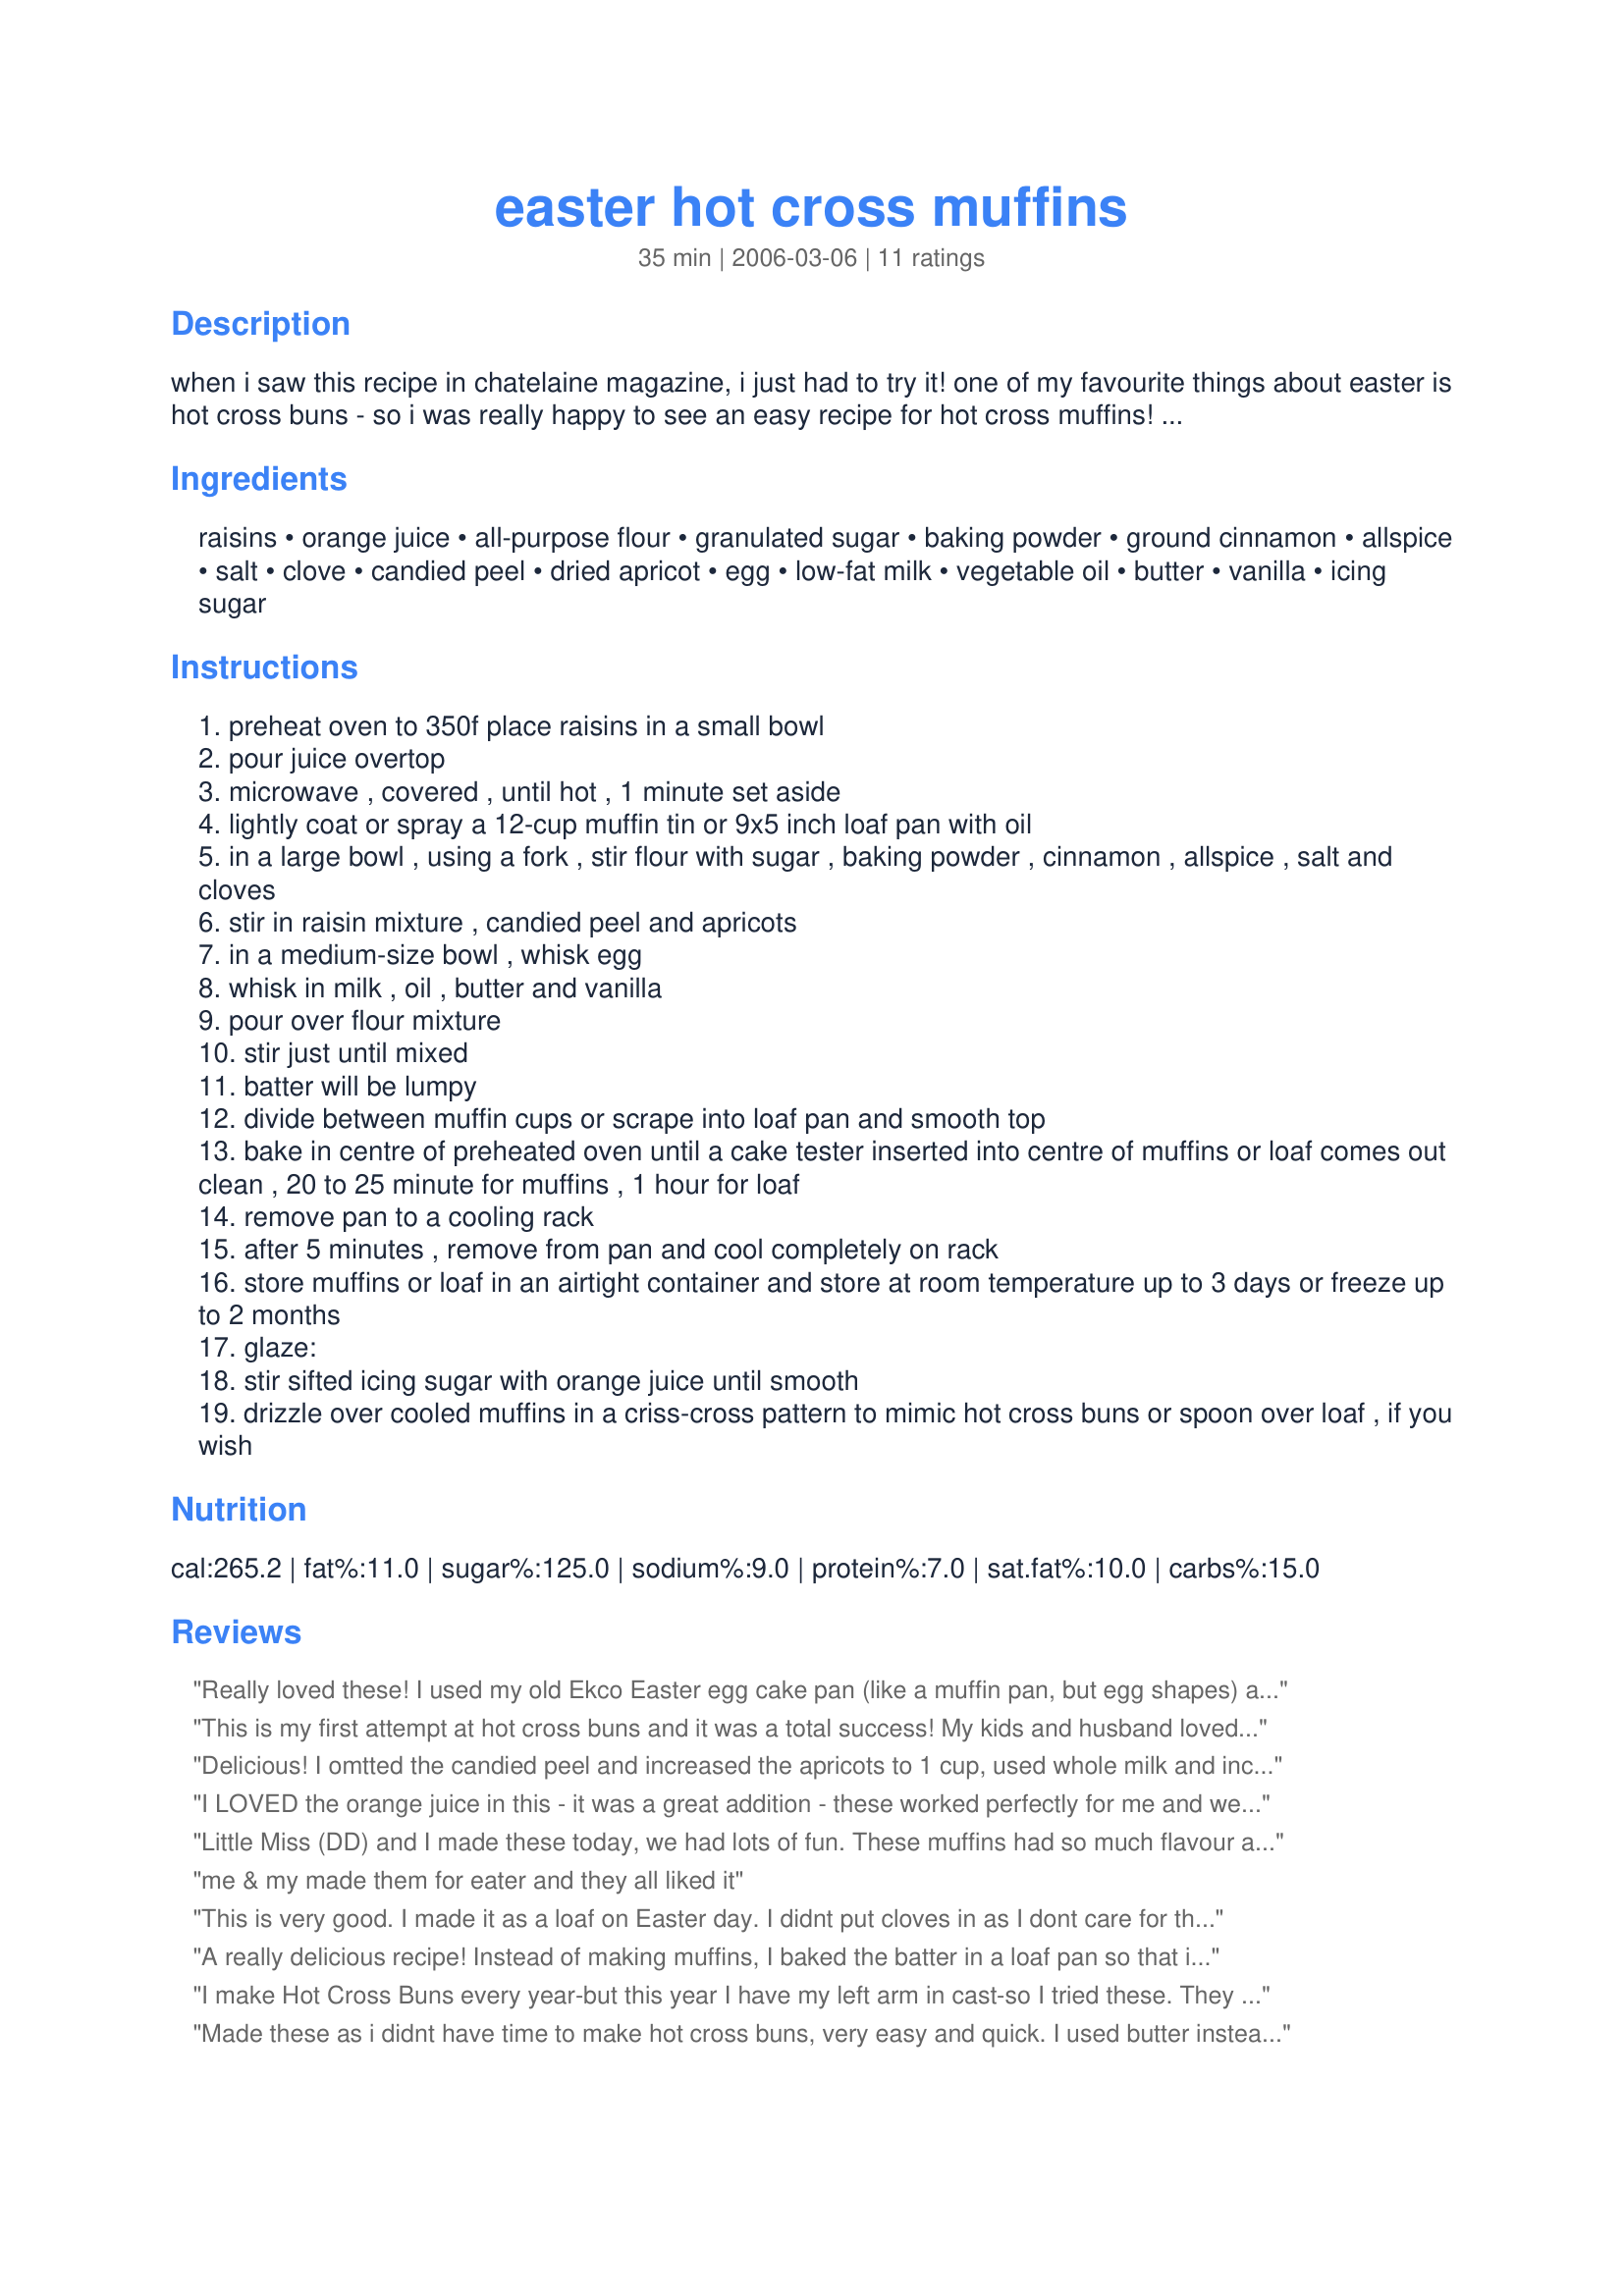
easter hot cross muffins
Preparation time: 35 minutes

when i saw this recipe in chatelaine magazine, i just had to try it! one of my favourite things about easter is hot cross buns - so i was really happy to see an easy recipe for hot cross muffins! now i can enjoy hot cross muffins all year round! you can bake as muffins or as a loaf.

Ingredients:
raisins, orange juice, all-purpose flour, granulated sugar, baking powder, ground cinnamon, allspice, salt, clove, candied peel, dried apricot, egg, low-fat milk, vegetable oil, butter, vanilla, icing sugar

Steps:
preheat oven to 350f place raisins in a small bowl
pour juice overtop
microwave , covered , until hot , 1 minute set aside
lightly coat or spray a 12-cup muffin tin or 9x5 inch loaf pan with oil
in a large bowl , using a fork , stir flour with sugar , baking powder , cinnamon , allspice , salt and cloves
stir in raisin mixture , candied peel and apricots
in a medium-size bowl , whisk egg
whisk in milk , oil , butter and vanilla
pour over flour mixture
stir just until mixed
batter will be lumpy
divide between muffin cups or scrape into loaf pan and smooth top
bake in centre of preheated oven until a cake tester inserted into centre of muffins or loaf comes out clean , 20 to 25 minute for muffins , 1 hour for loaf
remove pan to a cooling rack
after 5 minutes , remove from pan and cool completely on rack
store muffins or loaf in an airtight container and store at room temperature up to 3 days or freeze up to 2 months
glaze:
stir sifted icing sugar with orange juice until smooth
drizzle over cooled muffins in a criss-cross pattern to mimic hot cross buns or spoon over loaf , if you wish

Reviews:
Really loved these! I used my old Ekco Easter egg cake pan (like a muffin pan, but egg shapes) and flipped them over to glaze. Very cute, and a delicious recipe. I did sub 2 teaspoons orange zest for the candied peel - otherwise followed the recipe exactly. Thank you so much, we'll make these every Good Friday!
This is my first attempt at hot cross buns and it was a total success! My kids and husband loved them. I didn't have the apricots or candied peel, but went with everything else and they were fantastic. Definitely a new Easter family tradition!
Delicious! I omtted the candied peel and increased the apricots to 1 cup, used whole milk and increased the vanilla to 2 teaspoons, thanks for sharing this great muffin recipe Reds!...Kitten:)
I LOVED the orange juice in this - it was a great addition - these worked perfectly for me and we all enjoyed them thoroughly. I did not use dried apricots - I discovered I had none when I came to make these, so I doubled up on the peel, which is my home-made recipe and worked extremely well. Everyting else was exactly as written - my muffins, excuse me(!!) rose very high and were very light!! Very much a keeper for me - thanks for posting this wonderful idea....a great classic with a twist! FT:-)
Little Miss (DD) and I made these today, we had lots of fun. These muffins had so much flavour and directions were easy to follow. I made a few substitute used brown sugar instead of granulated sugar, mix peel instead of candied peel and an egg replacer. The muffin was a little dense for me but the rest of the family didn't mind it. In fact I just got back from work and was looking to eat one but they had been eaten. Next time if I make these again, I would skip the glaze as muffin by itself is yummy. Thank you Redsie
me & my made them for eater and they all liked it
This is very good. I made it as a loaf on Easter day. I didnt put cloves in as I dont care for them. Thank you for posting
A really delicious recipe! Instead of making muffins, I baked the batter in a loaf pan so that it would be easier to transport to work, since I was bringing this for Friday treats. Needless to say, there wasn't much left afterwards!
I make Hot Cross Buns every year-but this year I have my left arm in cast-so I tried these. They are the next best thing!!!
I used currants instead of apricots, 3/4 tsp of nutmeg instead of allspice and didn't use the mace. I doubled the recipe and got 24 nice sized muffins. Since I have diabetes I didn't put the sugary crosses on them either. Tasted great without them-especially warm with butter!!! Yum! Thanks for sharing!
Made these as i didnt have time to make hot cross buns, very easy and quick. I used butter instead of oil as i didnt have enough and used brown sugar insead of granulated. I didnt have apricots either so i just increased the amount of raisins and peel to make up for it. I didnt used the cloves as i dont like it and next time might add a little more cinnamon or some nutmeg. They are beautiful, light and tasty! I used melted white chocolate for the cross and its was perfect! Making another batch for gifts as the family have near enough polished this batch off! Thanks for sharing!
Definitely very easy to make. I have never made Hot Cross Buns before &amp; every recipe I could find seemed complicated &amp; like it was going to be a lot of work. So this was a fantastic Alternative that I was eager to try instead :)
